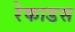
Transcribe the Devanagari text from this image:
रेकाडस